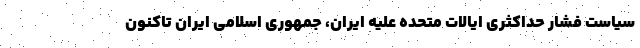
سیاست فشار حداکثری ایالات متحده علیه ایران، جمهوری اسلامی ایران تاکنون